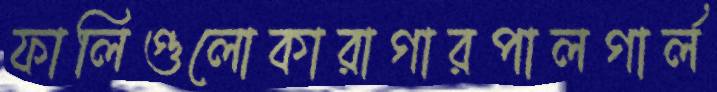
ফালিগুলোকারাগারপালগার্ল